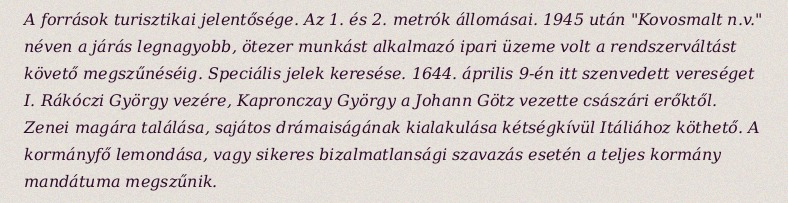
A források turisztikai jelentősége. Az 1. és 2. metrók állomásai. 1945 után "Kovosmalt n.v." néven a járás legnagyobb, ötezer munkást alkalmazó ipari üzeme volt a rendszerváltást követő megszűnéséig. Speciális jelek keresése. 1644. április 9-én itt szenvedett vereséget I. Rákóczi György vezére, Kapronczay György a Johann Götz vezette császári erőktől. Zenei magára találása, sajátos drámaiságának kialakulása kétségkívül Itáliához köthető. A kormányfő lemondása, vagy sikeres bizalmatlansági szavazás esetén a teljes kormány mandátuma megszűnik.